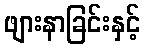
ဖျားနာခြင်းနှင့်